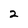
Character: 2